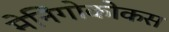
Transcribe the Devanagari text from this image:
मेनिंगोकोकस